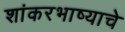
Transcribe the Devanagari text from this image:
शांकरभाष्याचे